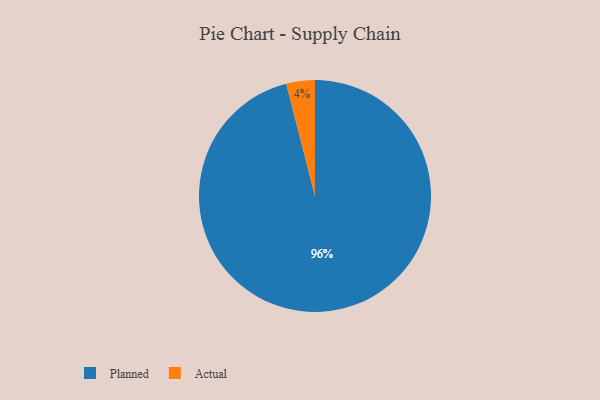
{"axis": {"x": "Category", "y": "Percentage"}, "legend": ["Actual", "Planned"], "data": [{"x": "Planned", "y": 96, "type": "Planned"}, {"x": "Actual", "y": 4, "type": "Actual"}]}